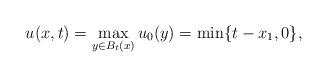
LaTeX: \begin{align*}u(x, t)=\max_{y\in B_t(x)}u_0(y)=\min\{t-x_1, 0\},\end{align*}